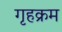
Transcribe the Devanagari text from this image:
गृहक्रम